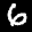
Label: 6